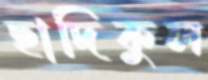
ছাদিকুল